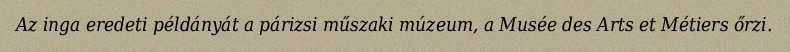
Az inga eredeti példányát a párizsi műszaki múzeum, a Musée des Arts et Métiers őrzi.